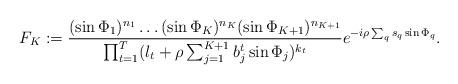
LaTeX: \begin{align*}F_K:=\frac{(\sin\Phi_1)^{n_1}\dots (\sin\Phi_K)^{n_K}(\sin\Phi_{K+1})^{n_{K+1}}}{\prod_{t=1}^T (l_t+\rho\sum_{j=1}^{K+1} b_j^t \sin\Phi_j)^{k_t}}e^{-i\rho\sum_q s_q\sin\Phi_q}.\end{align*}